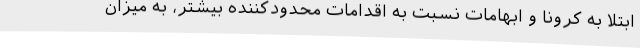
ابتلا به کرونا و ابهامات نسبت به اقدامات محدودکننده بیشتر، به میزان